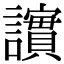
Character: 𫍒